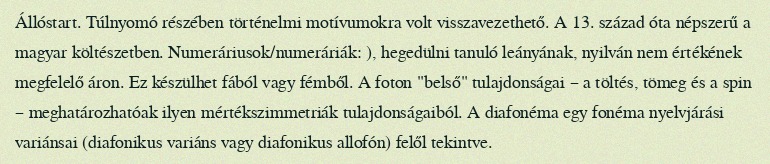
Állóstart. Túlnyomó részében történelmi motívumokra volt visszavezethető. A 13. század óta népszerű a magyar költészetben. Numeráriusok/numeráriák: ), hegedülni tanuló leányának, nyilván nem értékének megfelelő áron. Ez készülhet fából vagy fémből. A foton "belső" tulajdonságai – a töltés, tömeg és a spin – meghatározhatóak ilyen mértékszimmetriák tulajdonságaiból. A diafonéma egy fonéma nyelvjárási variánsai (diafonikus variáns vagy diafonikus allofón) felől tekintve.